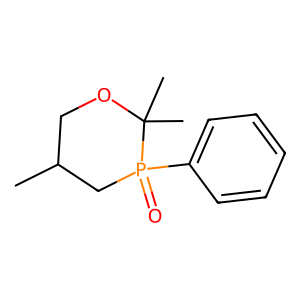
SMILES: CC1COC(C)(C)P(=O)(c2ccccc2)C1
Inhibits HIV replication: No